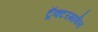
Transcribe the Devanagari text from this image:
ट्रॅक्टरमार्फत